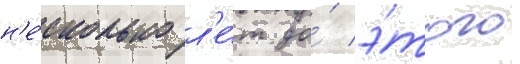
н'е́сколько л'е́т до́ э́того